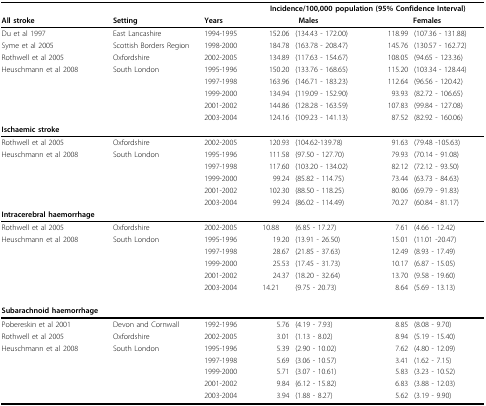
<table><thead><tr><td></td><td></td><td></td><td colspan="4"><b>Incidence/100,000 population (95% Confidence Interval)</b></td></tr><tr><td><b>All stroke</b></td><td><b>Setting</b></td><td><b>Years</b></td><td colspan="2"><b>Males</b></td><td colspan="2"><b>Females</b></td></tr></thead><tbody><tr><td>Du et al 1997</td><td>East Lancashire</td><td>1994-1995</td><td>152.06</td><td>(134.43 - 172.00)</td><td>118.99</td><td>(107.36 - 131.88)</td></tr><tr><td>Syme et al 2005</td><td>Scottish Borders Region</td><td>1998-2000</td><td>184.78</td><td>(163.78 - 208.47)</td><td>145.76</td><td>(130.57 - 162.72)</td></tr><tr><td>Rothwell et al 2005</td><td>Oxfordshire</td><td>2002-2005</td><td>134.89</td><td>(117.63 - 154.67)</td><td>108.05</td><td>(94.65 - 123.36)</td></tr><tr><td>Heuschmann et al 2008</td><td>South London</td><td>1995-1996</td><td>150.20</td><td>(133.76 - 168.65)</td><td>115.20</td><td>(103.34 - 128.44)</td></tr><tr><td></td><td></td><td>1997-1998</td><td>163.96</td><td>(146.71 - 183.23)</td><td>112.64</td><td>(96.56 - 120.42)</td></tr><tr><td></td><td></td><td>1999-2000</td><td>134.94</td><td>(119.09 - 152.90)</td><td>93.93</td><td>(82.72 - 106.65)</td></tr><tr><td></td><td></td><td>2001-2002</td><td>144.86</td><td>(128.28 - 163.59)</td><td>107.83</td><td>(99.84 - 127.08)</td></tr><tr><td></td><td></td><td>2003-2004</td><td>124.16</td><td>(109.23 - 141.13)</td><td>87.52</td><td>(82.92 - 160.06)</td></tr><tr><td><b>Ischaemic stroke</b></td><td></td><td></td><td></td><td></td><td></td><td></td></tr><tr><td>Rothwell et al 2005</td><td>Oxfordshire</td><td>2002-2005</td><td>120.93</td><td>(104.62-139.78)</td><td>91.63</td><td>(79.48 -105.63)</td></tr><tr><td>Heuschmann et al 2008</td><td>South London</td><td>1995-1996</td><td>111.58</td><td>(97.50 - 127.70)</td><td>79.93</td><td>(70.14 - 91.08)</td></tr><tr><td></td><td></td><td>1997-1998</td><td>117.60</td><td>(103.20 - 134.02)</td><td>82.12</td><td>(72.12 - 93.50)</td></tr><tr><td></td><td></td><td>1999-2000</td><td>99.24</td><td>(85.82 - 114.75)</td><td>73.44</td><td>(63.73 - 84.63)</td></tr><tr><td></td><td></td><td>2001-2002</td><td>102.30</td><td>(88.50 - 118.25)</td><td>80.06</td><td>(69.79 - 91.83)</td></tr><tr><td></td><td></td><td>2003-2004</td><td>99.24</td><td>(86.02 - 114.49)</td><td>70.27</td><td>(60.84 - 81.17)</td></tr><tr><td><b>Intracerebral haemorrhage</b></td><td></td><td></td><td></td><td></td><td></td><td></td></tr><tr><td>Rothwell et al 2005</td><td>Oxfordshire</td><td>2002-2005</td><td>10.88</td><td>(6.85 - 17.27)</td><td>7.61</td><td>(4.66 - 12.42)</td></tr><tr><td>Heuschmann et al 2008</td><td>South London</td><td>1995-1996</td><td>19.20</td><td>(13.91 - 26.50)</td><td>15.01</td><td>(11.01 -20.47)</td></tr><tr><td></td><td></td><td>1997-1998</td><td>28.67</td><td>(21.85 - 37.63)</td><td>12.49</td><td>(8.93 - 17.49)</td></tr><tr><td></td><td></td><td>1999-2000</td><td>25.53</td><td>(17.45 - 31.73)</td><td>10.17</td><td>(6.87 - 15.05)</td></tr><tr><td></td><td></td><td>2001-2002</td><td>24.37</td><td>(18.20 - 32.64)</td><td>13.70</td><td>(9.58 - 19.60)</td></tr><tr><td></td><td></td><td>2003-2004</td><td>14.21</td><td>(9.75 - 20.73)</td><td>8.64</td><td>(5.69 - 13.13)</td></tr><tr><td><b>Subarachnoid haemorrhage</b></td><td></td><td></td><td></td><td></td><td></td><td></td></tr><tr><td>Pobereskin et al 2001</td><td>Devon and Cornwall</td><td>1992-1996</td><td>5.76</td><td>(4.19 - 7.93)</td><td>8.85</td><td>(8.08 - 9.70)</td></tr><tr><td>Rothwell et al 2005</td><td>Oxfordshire</td><td>2002-2005</td><td>3.01</td><td>(1.13 - 8.02)</td><td>8.94</td><td>(5.19 - 15.40)</td></tr><tr><td>Heuschmann et al 2008</td><td>South London</td><td>1995-1996</td><td>5.39</td><td>(2.90 - 10.02)</td><td>7.62</td><td>(4.80 - 12.09)</td></tr><tr><td></td><td></td><td>1997-1998</td><td>5.69</td><td>(3.06 - 10.57)</td><td>3.41</td><td>(1.62 - 7.15)</td></tr><tr><td></td><td></td><td>1999-2000</td><td>5.71</td><td>(3.07 - 10.61)</td><td>5.83</td><td>(3.23 - 10.52)</td></tr><tr><td></td><td></td><td>2001-2002</td><td>9.84</td><td>(6.12 - 15.82)</td><td>6.83</td><td>(3.88 - 12.03)</td></tr><tr><td></td><td></td><td>2003-2004</td><td>3.94</td><td>(1.88 - 8.27)</td><td>5.62</td><td>(3.19 - 9.90)</td></tr></tbody></table>